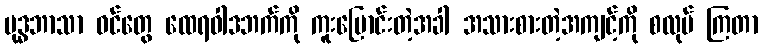
ဗုဒ္ဓဘာသာ ဝင်တွေ ထေရဝါဒဘက်ကို ကူးပြောင်းတဲ့အခါ အသားစားတဲ့အကျင့်ကို စလုပ် ကြတာ